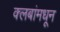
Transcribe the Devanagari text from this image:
क्लबांमधून